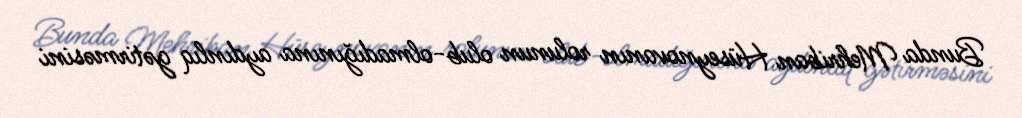
Bunda Mehriban Hüseynovanın rolunun olub-olmadığınına aydınlıq gətirməsini